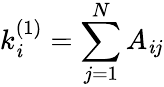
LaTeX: k_{\mathit{i}}^{(1)}=\sum_{j=1}^{N}A_{\mathit{i}j}